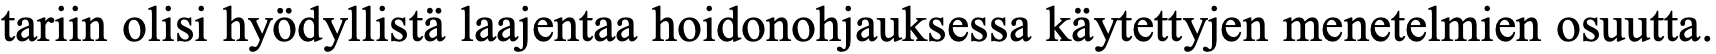
tariin olisi hyödyllistä laajentaa hoidonohjauksessa käytettyjen menetelmien osuutta.